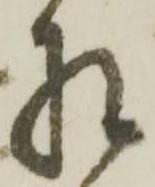
相